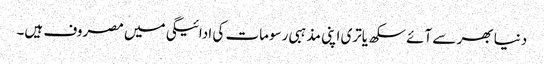
دنیا بھر سے آئے سکھ یاتری اپنی مذہبی رسومات کی ادائیگی میں مصروف ہیں۔